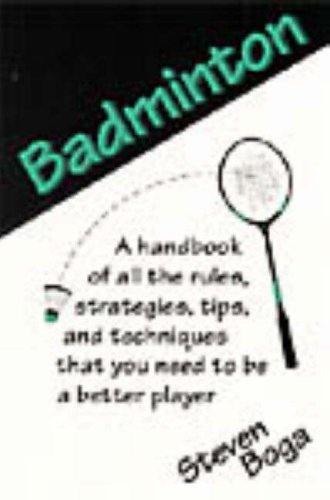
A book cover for Badminton (Backyard Games); Steven Boga; Sports & Outdoors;